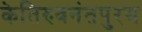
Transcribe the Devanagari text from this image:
केतिरुवनंतपुरम